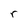
Character: r